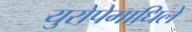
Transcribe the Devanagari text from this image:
युरोपेमाधिले